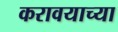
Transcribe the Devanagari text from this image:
करावयाच्‍या